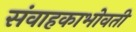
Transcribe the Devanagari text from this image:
संवाहकाभोवती